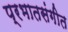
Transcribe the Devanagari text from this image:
प्रभातसंगीत